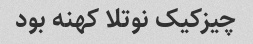
چیزکیک نوتلا کهنه بود